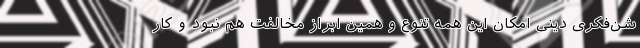
شن‌فکری دینی امکان این همه تنوع و همین ابراز مخالفت هم نبود و کار